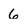
Character: 6